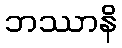
ဘဿာနိ